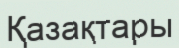
Қазақтары